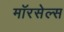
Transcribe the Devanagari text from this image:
मॉरसेल्स